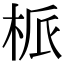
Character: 㭛